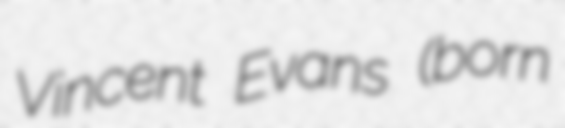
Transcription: Vincent Evans (born